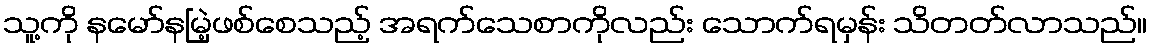
သူ့ကို နမော်နမြဲ့ဖစ်စေသည့် အရက်သေစာကိုလည်း သောက်ရမှန်း သိတတ်လာသည်။